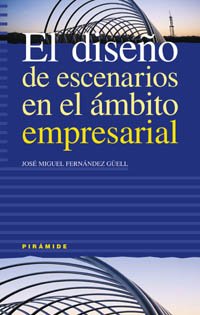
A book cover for El diseno de escenarios en el ambito empresarial (EMPRESA Y GESTION) (Empresa Y Gestion / Business and Management) (Spanish Edition); Fernandez Guell; Politics & Social Sciences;